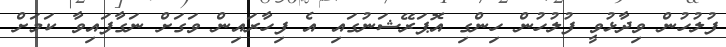
ފުލުހުން ވިދާޅުވީ ފުލުހުން ހިންގި އޮޕަރޭޝަނުގައި އެ ފިހާރައިން ވަގަށް ނަގާފައިވާ ކަމަށް